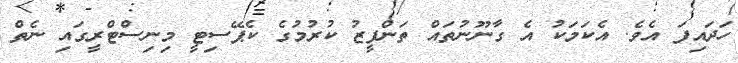
ހަދައިފަ އެވެ. އެކަމަކު އެ ގާނޫނުތައް ތަންފީޒު ކުރުމުގެ ކެޕޭސިޓީ މިނިސްޓްރީގައި ނެތް